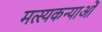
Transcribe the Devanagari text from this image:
मत्स्यकन्याओं